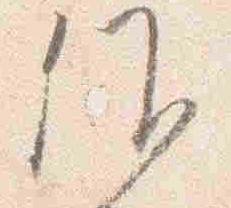
候